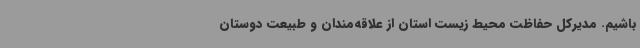
باشیم. مدیرکل حفاظت محیط زیست استان از علاقه‌مندان و طبیعت دوستان